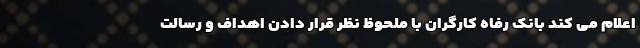
اعلام می کند بانک رفاه کارگران با ملحوظ نظر قرار دادن اهداف و رسالت